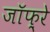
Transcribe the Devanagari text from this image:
जाॅफ़्रे